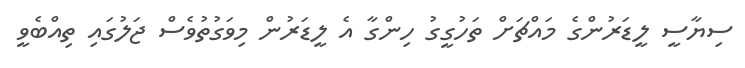
ސިޔާސީ ލީޑަރުންގެ މައްޗަށް ތަހުގީގު ހިންގާ އެ ލީޑަރުން މިވަގުތުވެސް ޖަލުގައި ތިއްބެވީ